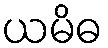
ယမိဓ